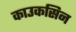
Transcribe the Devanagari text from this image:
काउकसिन